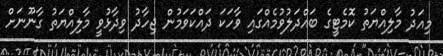
މިއަދު މާލިއްޔަތު ކޮމެޓީގެ ބައްދަލުވުމެއްގައި ވާހަކަ ދައްކަވަމުން ޖިހާދު ވިދާޅުވީ މާލިއްޔަތު ގާނޫނަށް